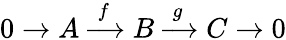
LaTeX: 0\to A\; {\xrightarrow{\ f\ }}\; B\; {\xrightarrow{\ g\ }}\; C\to 0